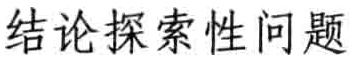
结论探索性问题